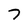
Character: 7